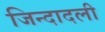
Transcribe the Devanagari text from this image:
जिन्दादली